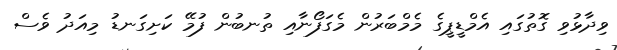
ވިދާޅުވި ގޮތުގައި އެމްޑީޕީގެ މެމްބަރުން މެގަފޯނާއި ތުނބުން ފުމޭ ކަށިގަނޑު މިއަދު ވެސް